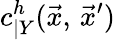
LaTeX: c_{\vert Y}^{h}(\vec{x},\, \vec{x}^{\prime})